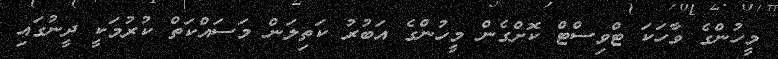
މީހުންގެ ވާހަކަ ޓްވިސްޓް ކޮށްގެން މީހުންގެ އަބުރު ކަތިލަން މަސައްކަތް ކުރުމަކީ ދީނުގައި